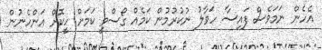
އެހެން ނަމަވެސް ފައިސާ ހަވާލު ނުކުރުމުން ކަމެއް ގޯސްވީ ކަމަށް ހީކޮށް އަންހެނުން